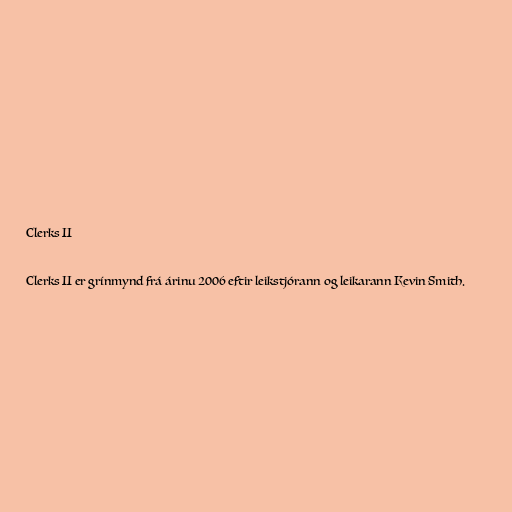
Clerks II

Clerks II er grínmynd frá árinu 2006 eftir leikstjórann og leikarann Kevin Smith.